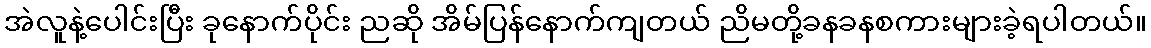
အဲလူနဲ့ပေါင်းပြီး ခုနောက်ပိုင်း ညဆို အိမ်ပြန်နောက်ကျတယ် ညိမတို့ခနခနစကားများခဲ့ရပါတယ်။